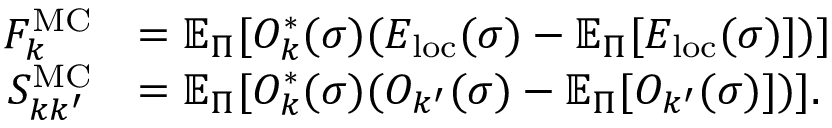
\begin{array} { r l } { F _ { k } ^ { \mathrm { M C } } } & { = \mathbb { E } _ { \Pi } [ O _ { k } ^ { * } ( \sigma ) ( E _ { \mathrm { l o c } } ( \sigma ) - \mathbb { E } _ { \Pi } [ E _ { \mathrm { l o c } } ( \sigma ) ] ) ] } \\ { S _ { k k ^ { \prime } } ^ { \mathrm { M C } } } & { = \mathbb { E } _ { \Pi } [ O _ { k } ^ { * } ( \sigma ) ( O _ { k ^ { \prime } } ( \sigma ) - \mathbb { E } _ { \Pi } [ O _ { k ^ { \prime } } ( \sigma ) ] ) ] . } \end{array}